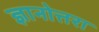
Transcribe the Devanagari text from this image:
ज्ञानोत्तरा